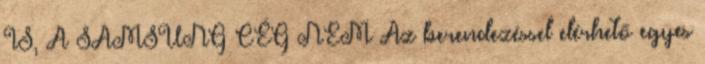
IS, A SAMSUNG CÉG NEM Az berendezéssel elérhető egyes